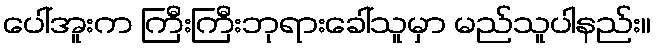
ပေါ်အူးက ကြီးကြီးဘုရားခေါ်သူမှာ မည်သူပါနည်း။